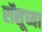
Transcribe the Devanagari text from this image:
रॉसूच्या